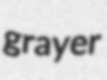
grayer